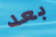
بعد